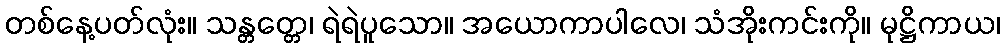
တစ်နေ့ပတ်လုံး။ သန္တတ္တေ၊ ရဲရဲပူသော။ အယောကာပါလေ၊ သံအိုးကင်းကို။ မုဋ္ဌိကာယ၊